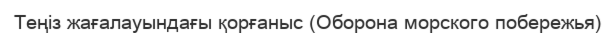
Теңіз жағалауындағы қорғаныс (Оборона морcкого побережья)